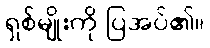
ရှစ်မျိုးကို ပြအပ်၏။